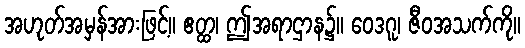
အဟုတ်အမှန်အားဖြင့်။ ဧတ္ထ၊ ဤအရာဌာန၌။ ဝေဒဂူ၊ ဇီဝအသက်ကို။